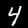
Label: 4